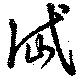
岱